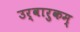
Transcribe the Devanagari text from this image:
उर्वारुकम्